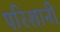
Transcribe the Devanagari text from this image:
परिशानी